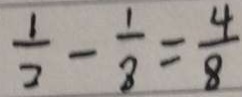
\frac { 1 } { 2 } - \frac { 1 } { 8 } = \frac { 4 } { 8 }